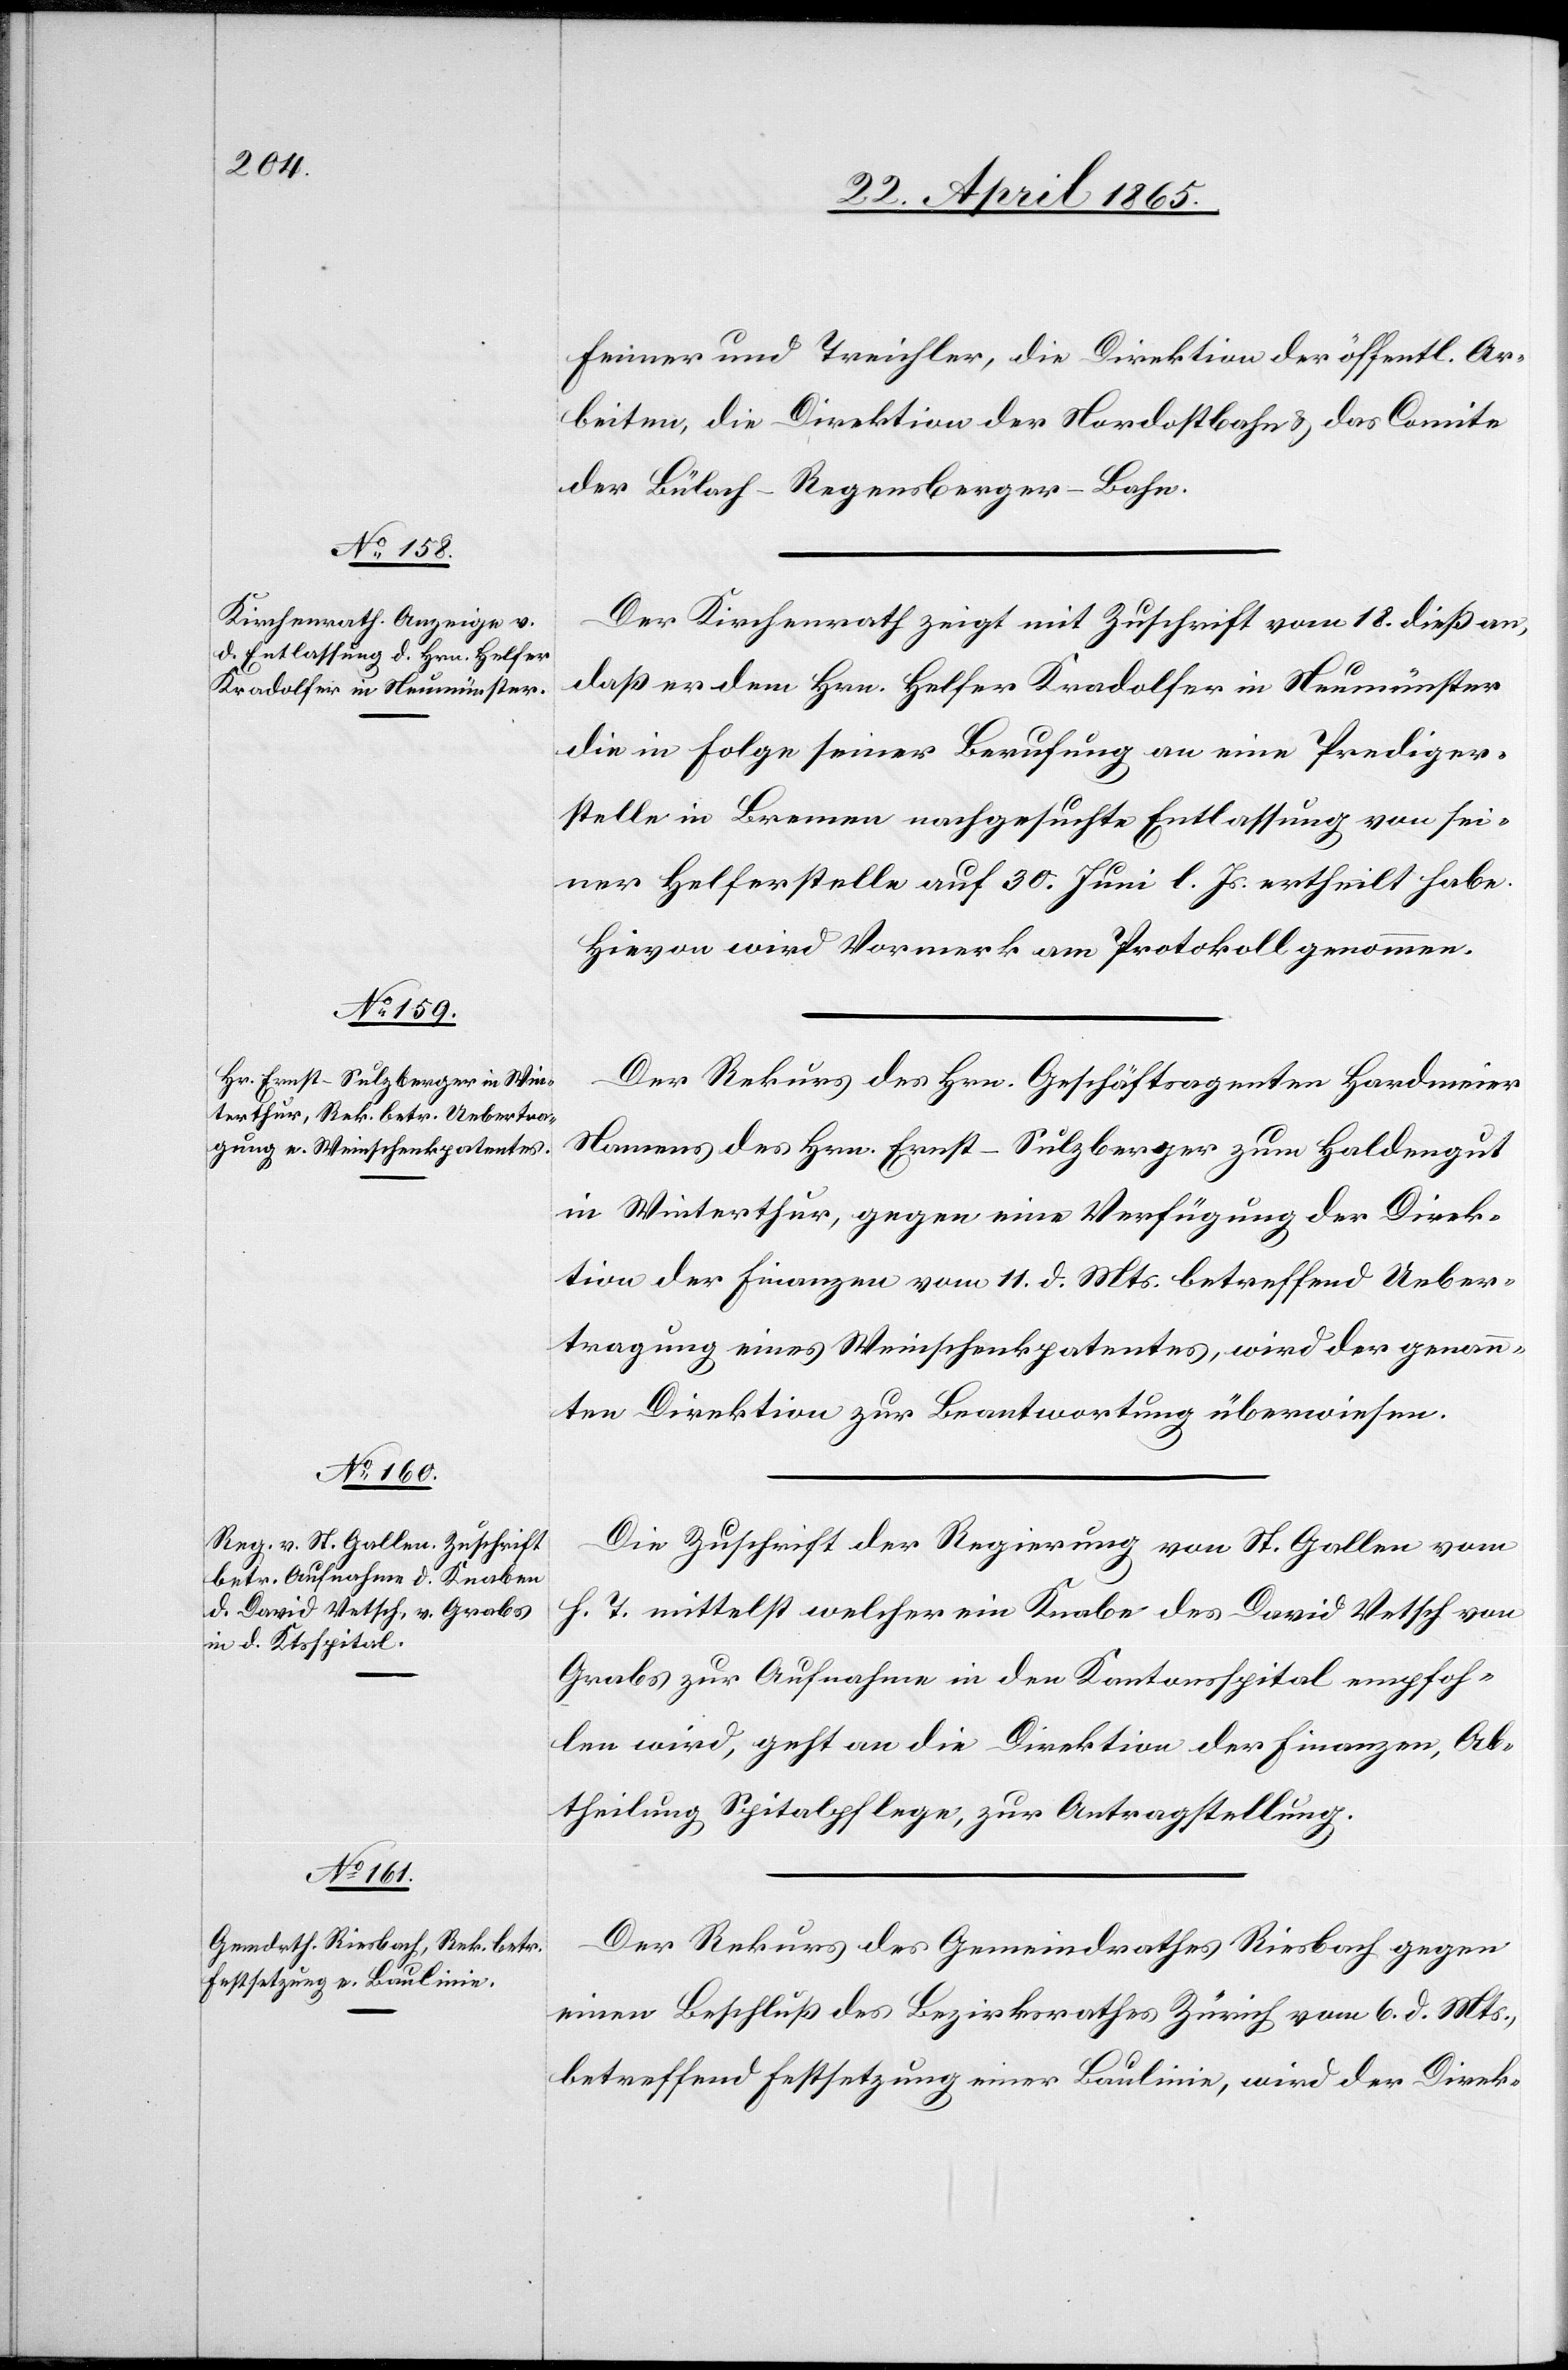
?24. April 1865.]
Fenner und Treichler, die Direktion der öffentl. Ar¬
beiten, die Direktion der Nordostbahn & das Comite
der Bülach-Regensberger-Bahn.
Der Kirchenrath zeigt mit Zuschrift vom 18. dieß an,
daß er dem Hrn. Helfer Kradolfer in Neumünster
die in Folge seiner Berufung an eine Prediger¬
stelle in Bremen nachgesuchte Entlassung von sei¬
ner Helferstelle auf 30. Juni l. Js. ertheilt habe.
Hievon wird Vormerk am Protokoll genommen.
Der Rekurs des Hrn. Geschäftsagenten Hardmeier
Namens des Hrn. Ernst-Sulzberger zum Haldengut
in Winterthur, gegen eine Verfügung der Direk¬
tion der Finanzen vom 11. d. Mts. betreffend Ueber¬
tragung eines Weinschenkpatentes, wird der genann¬
ten Direktion zur Beantwortung überwiesen.
Die Zuschrift der Regierung von St. Gallen vom
h. T. mittelst welcher ein Knabe des David Vetsch von
Grabs zur Aufnahme in den Kantonsspital empfoh¬
len wird, geht an die Direktion der Finanzen, Ab¬
theilung Spitalpflege, zur Antragstellung.
Der Rekurs des Gemeindrathes Riesbach gegen
einen Beschluß des Bezirksrathes Zürich vom 6. d. Mts.,
betreffend Festsetzung einer Baulinie, wird der Direk-